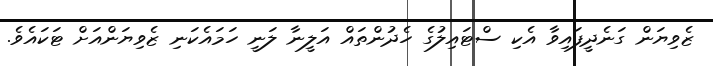
ޒެވިޔަން ގަނެދީފައިވާ އެކި ސްޓައިލުގެ ހެދުންތައް އަލީނާ ލަނީ ހަމައެކަނި ޒެވިޔަންއަށް ޓަކައެވެ.